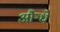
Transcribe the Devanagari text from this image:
औन्धे